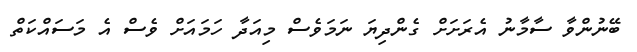
ބޭނުންވާ ސާމާނު އެރަށަށް ގެންދިޔަ ނަމަވެސް މިއަދާ ހަމައަށް ވެސް އެ މަސައްކަތް